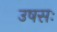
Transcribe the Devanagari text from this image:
उषसः